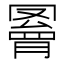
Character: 𦌄